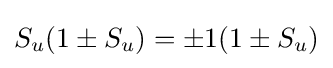
S_{u}(1\pm S_{u})=\pm 1(1\pm S_{u})